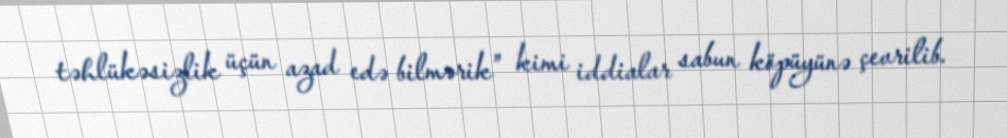
təhlükəsizlik üçün azad edə bilmərik” kimi iddialar sabun köpüyünə çevrilib.